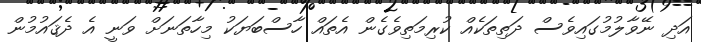
އަދި ނޭވާލުމުގައިވެސް ދަތިތަކެއް ކުރިމަތިވެގެން އެތައް ހާސްބަޔަކު މިހާތަނަށް ވަނީ އެ ދެޤައުމުން